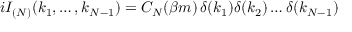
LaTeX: i I _ { ( N ) } ( k _ { 1 } , \dots , k _ { N - 1 } ) = C _ { N } ( \beta m ) \, \delta ( k _ { 1 } ) \delta ( k _ { 2 } ) \dots \delta ( k _ { N - 1 } )